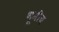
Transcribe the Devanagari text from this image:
भूमीच